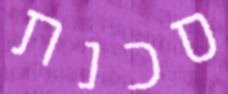
סכנת